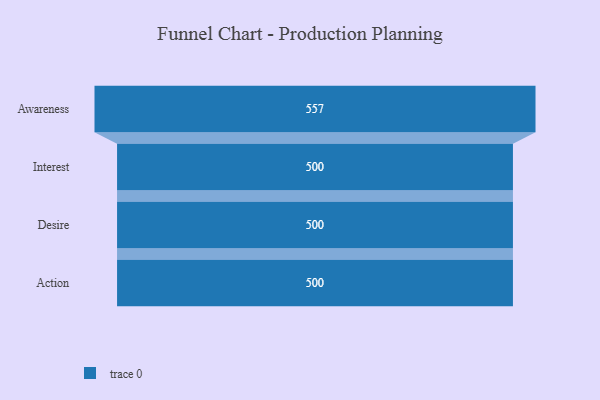
{"axis": {"x": "Stage", "y": "Value"}, "legend": [""], "data": [{"x": "Awareness", "y": 557.0, "type": ""}, {"x": "Interest", "y": 500, "type": ""}, {"x": "Desire", "y": 500, "type": ""}, {"x": "Action", "y": 500, "type": ""}]}